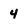
Character: 4